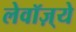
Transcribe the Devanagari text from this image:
लेवॉज़्ये